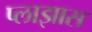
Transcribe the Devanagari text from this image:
प्लाझास